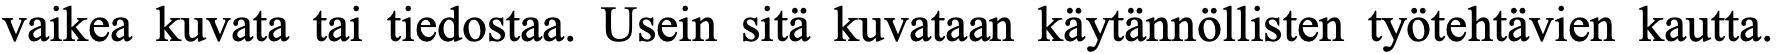
vaikea kuvata tai tiedostaa. Usein sitä kuvataan käytännöllisten työtehtävien kautta.